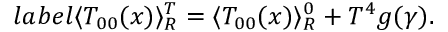
l a b e l { } \langle T _ { 0 0 } ( x ) \rangle _ { R } ^ { T } = \langle T _ { 0 0 } ( x ) \rangle _ { R } ^ { 0 } + T ^ { 4 } g ( \gamma ) .